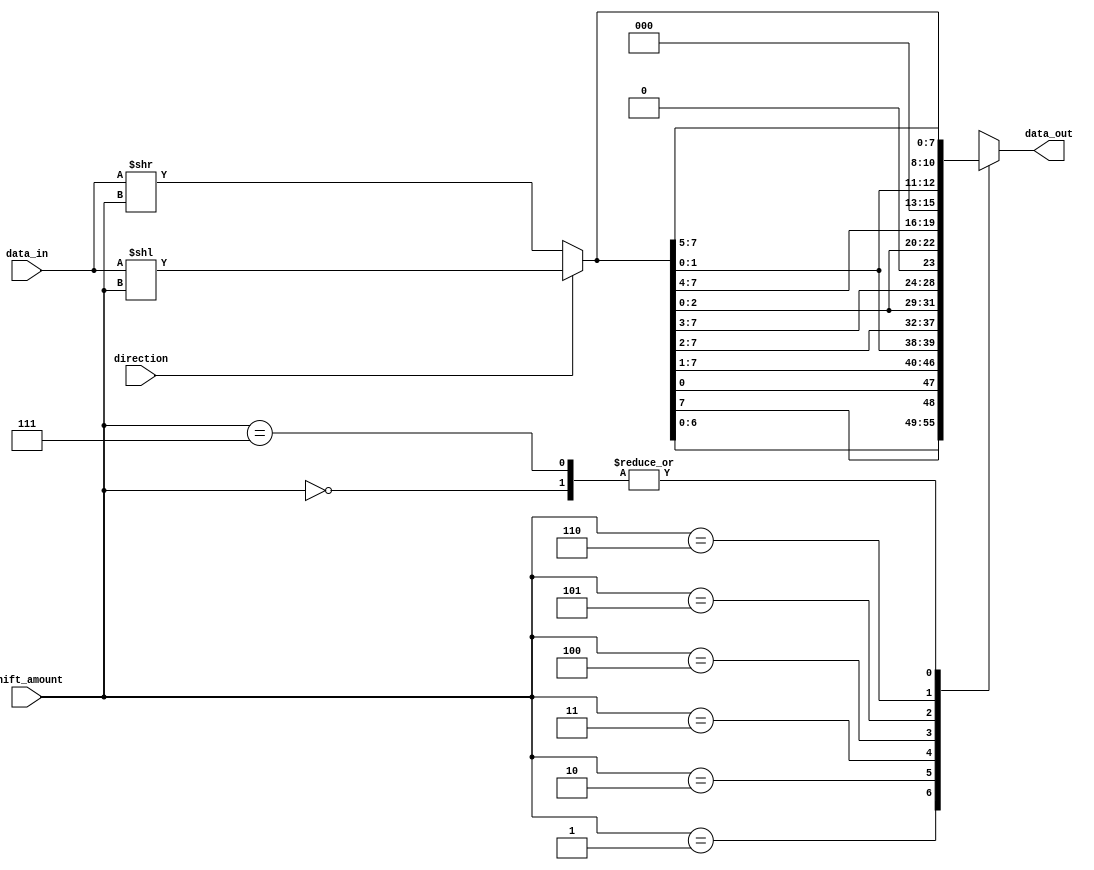
module hybrid_barrel_shifter (
  input [7:0] data_in,
  input [2:0] shift_amount,
  input direction,
  output reg [7:0] data_out
);

reg [7:0] temp_data;

// Arithmetic block for left shift
always @*
begin
  if (direction)
    temp_data = data_in << shift_amount;
  else
    temp_data = data_in >> shift_amount;
end

// Barrel shifter logic
always @*
begin
  case(shift_amount)
    3'd0: data_out = temp_data;
    3'd1: data_out = {temp_data[6:0], temp_data[7]};
    3'd2: data_out = {temp_data[5:0], temp_data[7:1]};
    3'd3: data_out = {temp_data[4:0], temp_data[7:2]};
    3'd4: data_out = {temp_data[3:0], temp_data[7:3]};
    3'd5: data_out = {temp_data[2:0], temp_data[7:4]};
    3'd6: data_out = {temp_data[1:0], temp_data[7:5]};
    3'd7: data_out = temp_data[7:0];
    default: data_out = temp_data; // No shift
  endcase
end

endmodule